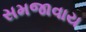
સમજાવાય